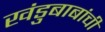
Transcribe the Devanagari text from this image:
खंडुबाबांची